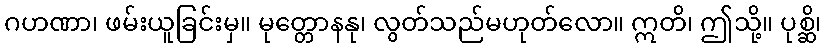
ဂဟဏာ၊ ဖမ်းယူခြင်းမှ။ မုတ္တောနနု၊ လွတ်သည်မဟုတ်လော။ ဣတိ၊ ဤသို့။ ပုစ္ဆိ၊